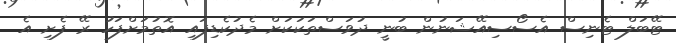
ޓޭބަލް ޓެނިސް އެސޯސިއޭޝަނުން ބުނީ ދުވަސްތަކަކަށް މެދުކެޑިފައި އޮތުމަށްފަހު ރޭ ފެށި އެ